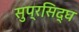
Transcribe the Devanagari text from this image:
सुप्रसि़द्घ